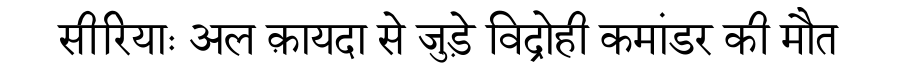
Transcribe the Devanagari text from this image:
सीरियाः अल क़ायदा से जुड़े विद्रोही कमांडर की मौत